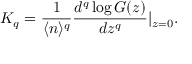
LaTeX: K _ { q } = \frac { 1 } { \langle n \rangle ^ { q } } \frac { d ^ { q } \log G ( z ) } { d z ^ { q } } \vert _ { z = 0 } .